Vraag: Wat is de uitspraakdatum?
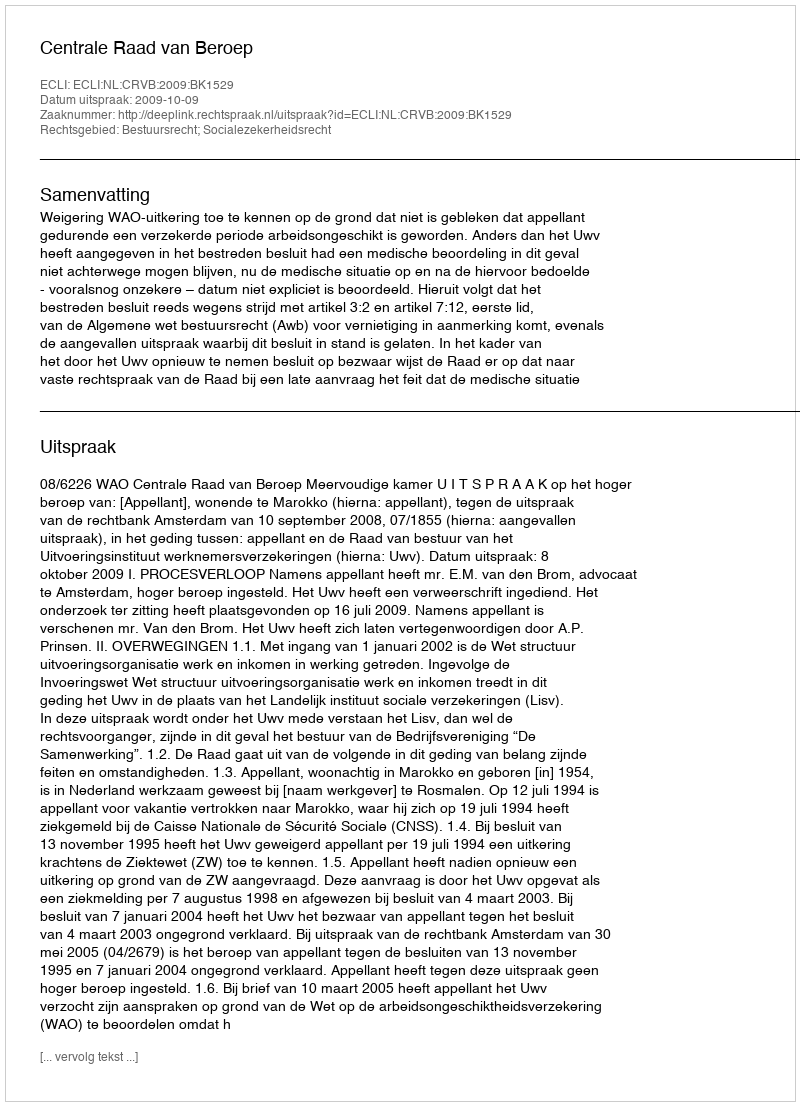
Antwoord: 2009-10-09